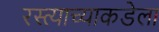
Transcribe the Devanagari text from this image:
रस्त्याच्याकडेला